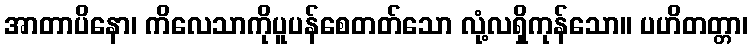
အာတာပိနော၊ ကိလေသာကိုပူပန်စေတတ်သော လုံ့လရှိကုန်သော။ ပဟိတတ္တာ၊